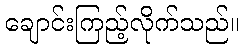
ချောင်းကြည့်လိုက်သည်။